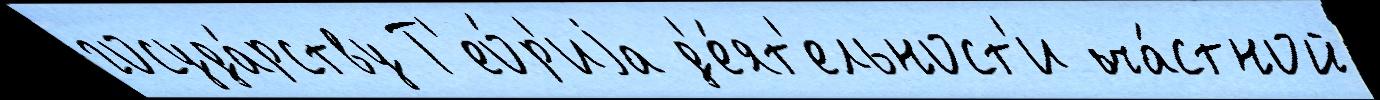
госуда́рству Т'ео́р'иjа д'е́ят'ельност'и ча́стной